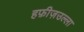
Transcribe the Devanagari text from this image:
हफ़ीज़उल्ला